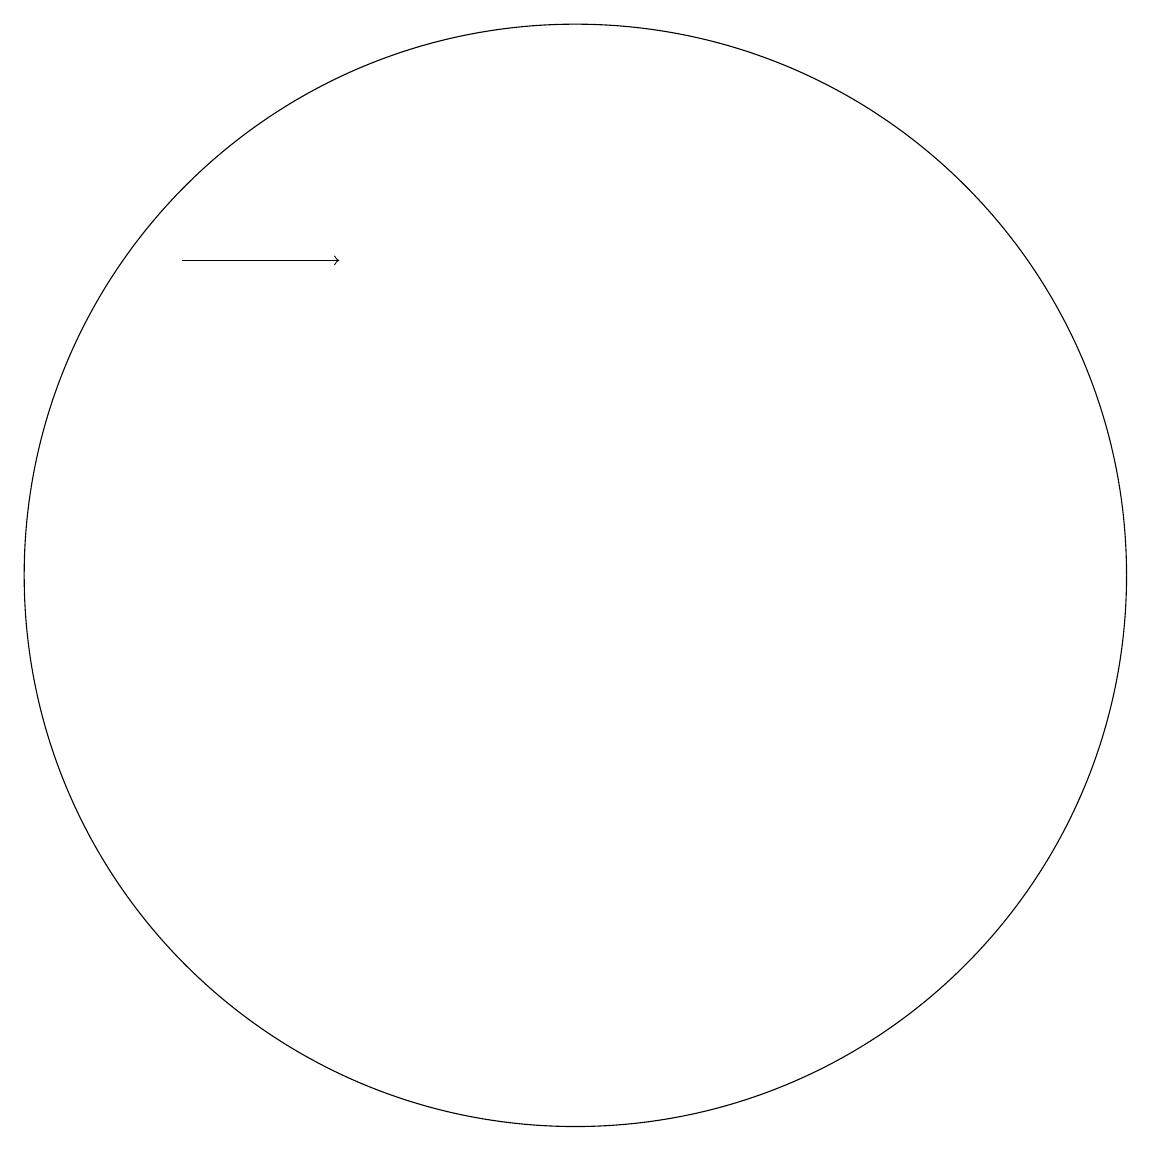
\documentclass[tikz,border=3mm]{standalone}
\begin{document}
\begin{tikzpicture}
\draw[->] (7,15) -- (9,15);
\draw (12,11) circle (7);
\draw (11,12) circle (0);
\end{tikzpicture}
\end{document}